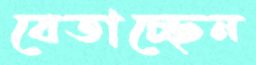
বেতাচ্ছেন